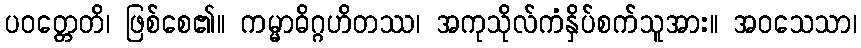
ပဝတ္တေတိ၊ ဖြစ်စေ၏။ ကမ္မာဓိဂ္ဂဟိတဿ၊ အကုသိုလ်ကံနှိပ်စက်သူအား။ အဝသေသာ၊